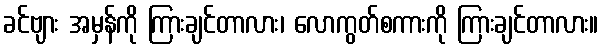
ခင်ဗျား အမှန်ကို ကြားချင်တာလား၊ လောကွတ်စကားကို ကြားချင်တာလား။